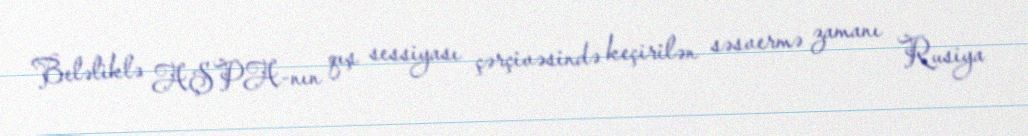
Beləliklə AŞPA-nın qış sessiyası çərçivəsində keçirilən səsvermə zamanı Rusiya